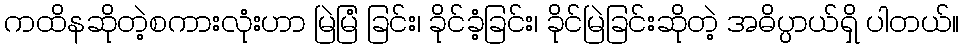
ကထိနဆိုတဲ့စကားလုံးဟာ မြဲမြံ ခြင်း၊ ခိုင်ခံ့ခြင်း၊ ခိုင်မြဲခြင်းဆိုတဲ့ အဓိပ္ပာယ်ရှိ ပါတယ်။